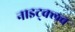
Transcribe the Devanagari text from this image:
नाइट्क्लब